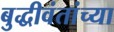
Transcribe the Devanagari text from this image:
बुद्धीवंतांच्या